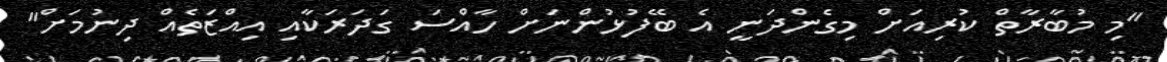
"މި މުބާރާތް ކުރިއަށް މިގެންދަނީ އެ ބޭފުޅުންނަށް ހާއްސަ ގަދަރަކާއި އިއްޒަތެއް ދިނުމަށް"